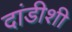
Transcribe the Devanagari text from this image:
दांडीशी